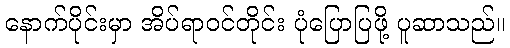
နောက်ပိုင်းမှာ အိပ်ရာဝင်တိုင်း ပုံပြောပြဖို့ ပူဆာသည်။